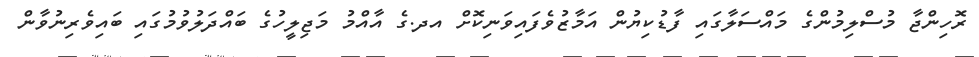
ރޮހިންޖާ މުސްލިމުންގެ މައްސަލާގައި ފާޑުކިޔުން އަމާޒުވެފައިވަނިކޮށް އދ.ގެ އާއްމު މަޖިލީހުގެ ބައްދަލުވުމުގައި ބައިވެރިނުވާން